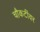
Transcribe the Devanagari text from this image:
चौकटींवर